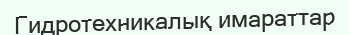
Гидротехникалық имараттар